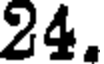
24.